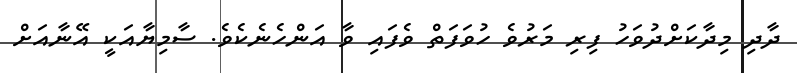
ދާދި މިދާކަށްދުވަހު ފިރި މަރުވެ ހުވަފަތް ވެފައި ވާ އަންހެނެކެވެ. ސާމިޔާއަކީ އޭނާއަށް